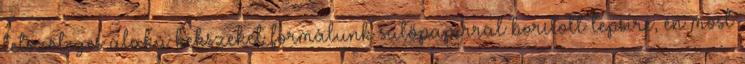
tetszőleges alakú kekszeket formálunk sütőpapírral borított tepsire, én most